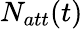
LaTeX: N_{att}(t)